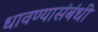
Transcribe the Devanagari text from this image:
धावण्यासंबंधी